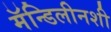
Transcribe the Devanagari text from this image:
मॅन्डिलीनशी